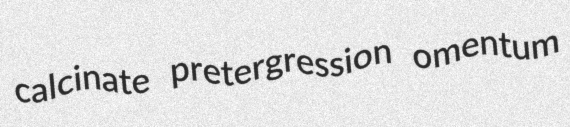
calcinate pretergression omentum